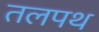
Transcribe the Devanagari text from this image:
तलपथ